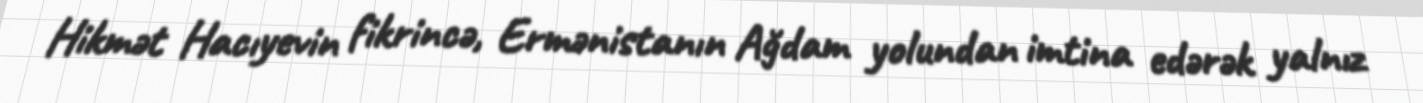
Hikmət Hacıyevin fikrincə, Ermənistanın Ağdam yolundan imtina edərək yalnız